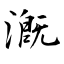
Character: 漑